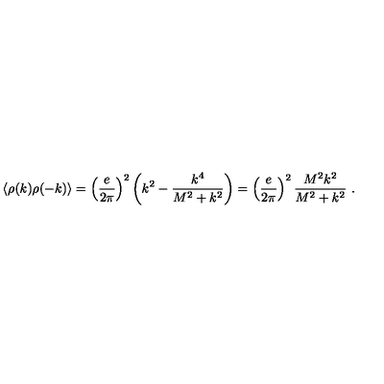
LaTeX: \langle \rho ( k ) \rho ( - k ) \rangle = \left( { \frac { e } { 2 \pi } } \right) ^ { 2 } \left( k ^ { 2 } - { \frac { k ^ { 4 } } { M ^ { 2 } + k ^ { 2 } } } \right) = \left( { \frac { e } { 2 \pi } } \right) ^ { 2 } { \frac { M ^ { 2 } k ^ { 2 } } { M ^ { 2 } + k ^ { 2 } } } \ .